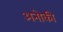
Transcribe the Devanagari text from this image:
अनोकी